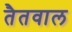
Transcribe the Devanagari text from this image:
तैतवाल